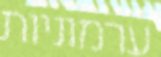
ערמוניות